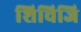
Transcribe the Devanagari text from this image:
शिचिजि